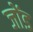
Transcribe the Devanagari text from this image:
जोंड